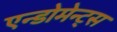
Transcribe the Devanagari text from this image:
एन्डोमेन्ट्‌स